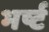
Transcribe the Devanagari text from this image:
भर्ष्ट